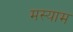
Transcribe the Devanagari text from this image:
मस्याम